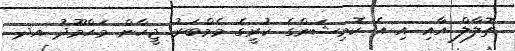
ތޮލާލް އާއި އި އެ ކޮމިޝަންގެ ކުރީގެ މެމްބަރު ޖީހާން މަހްމޫދު އދ.